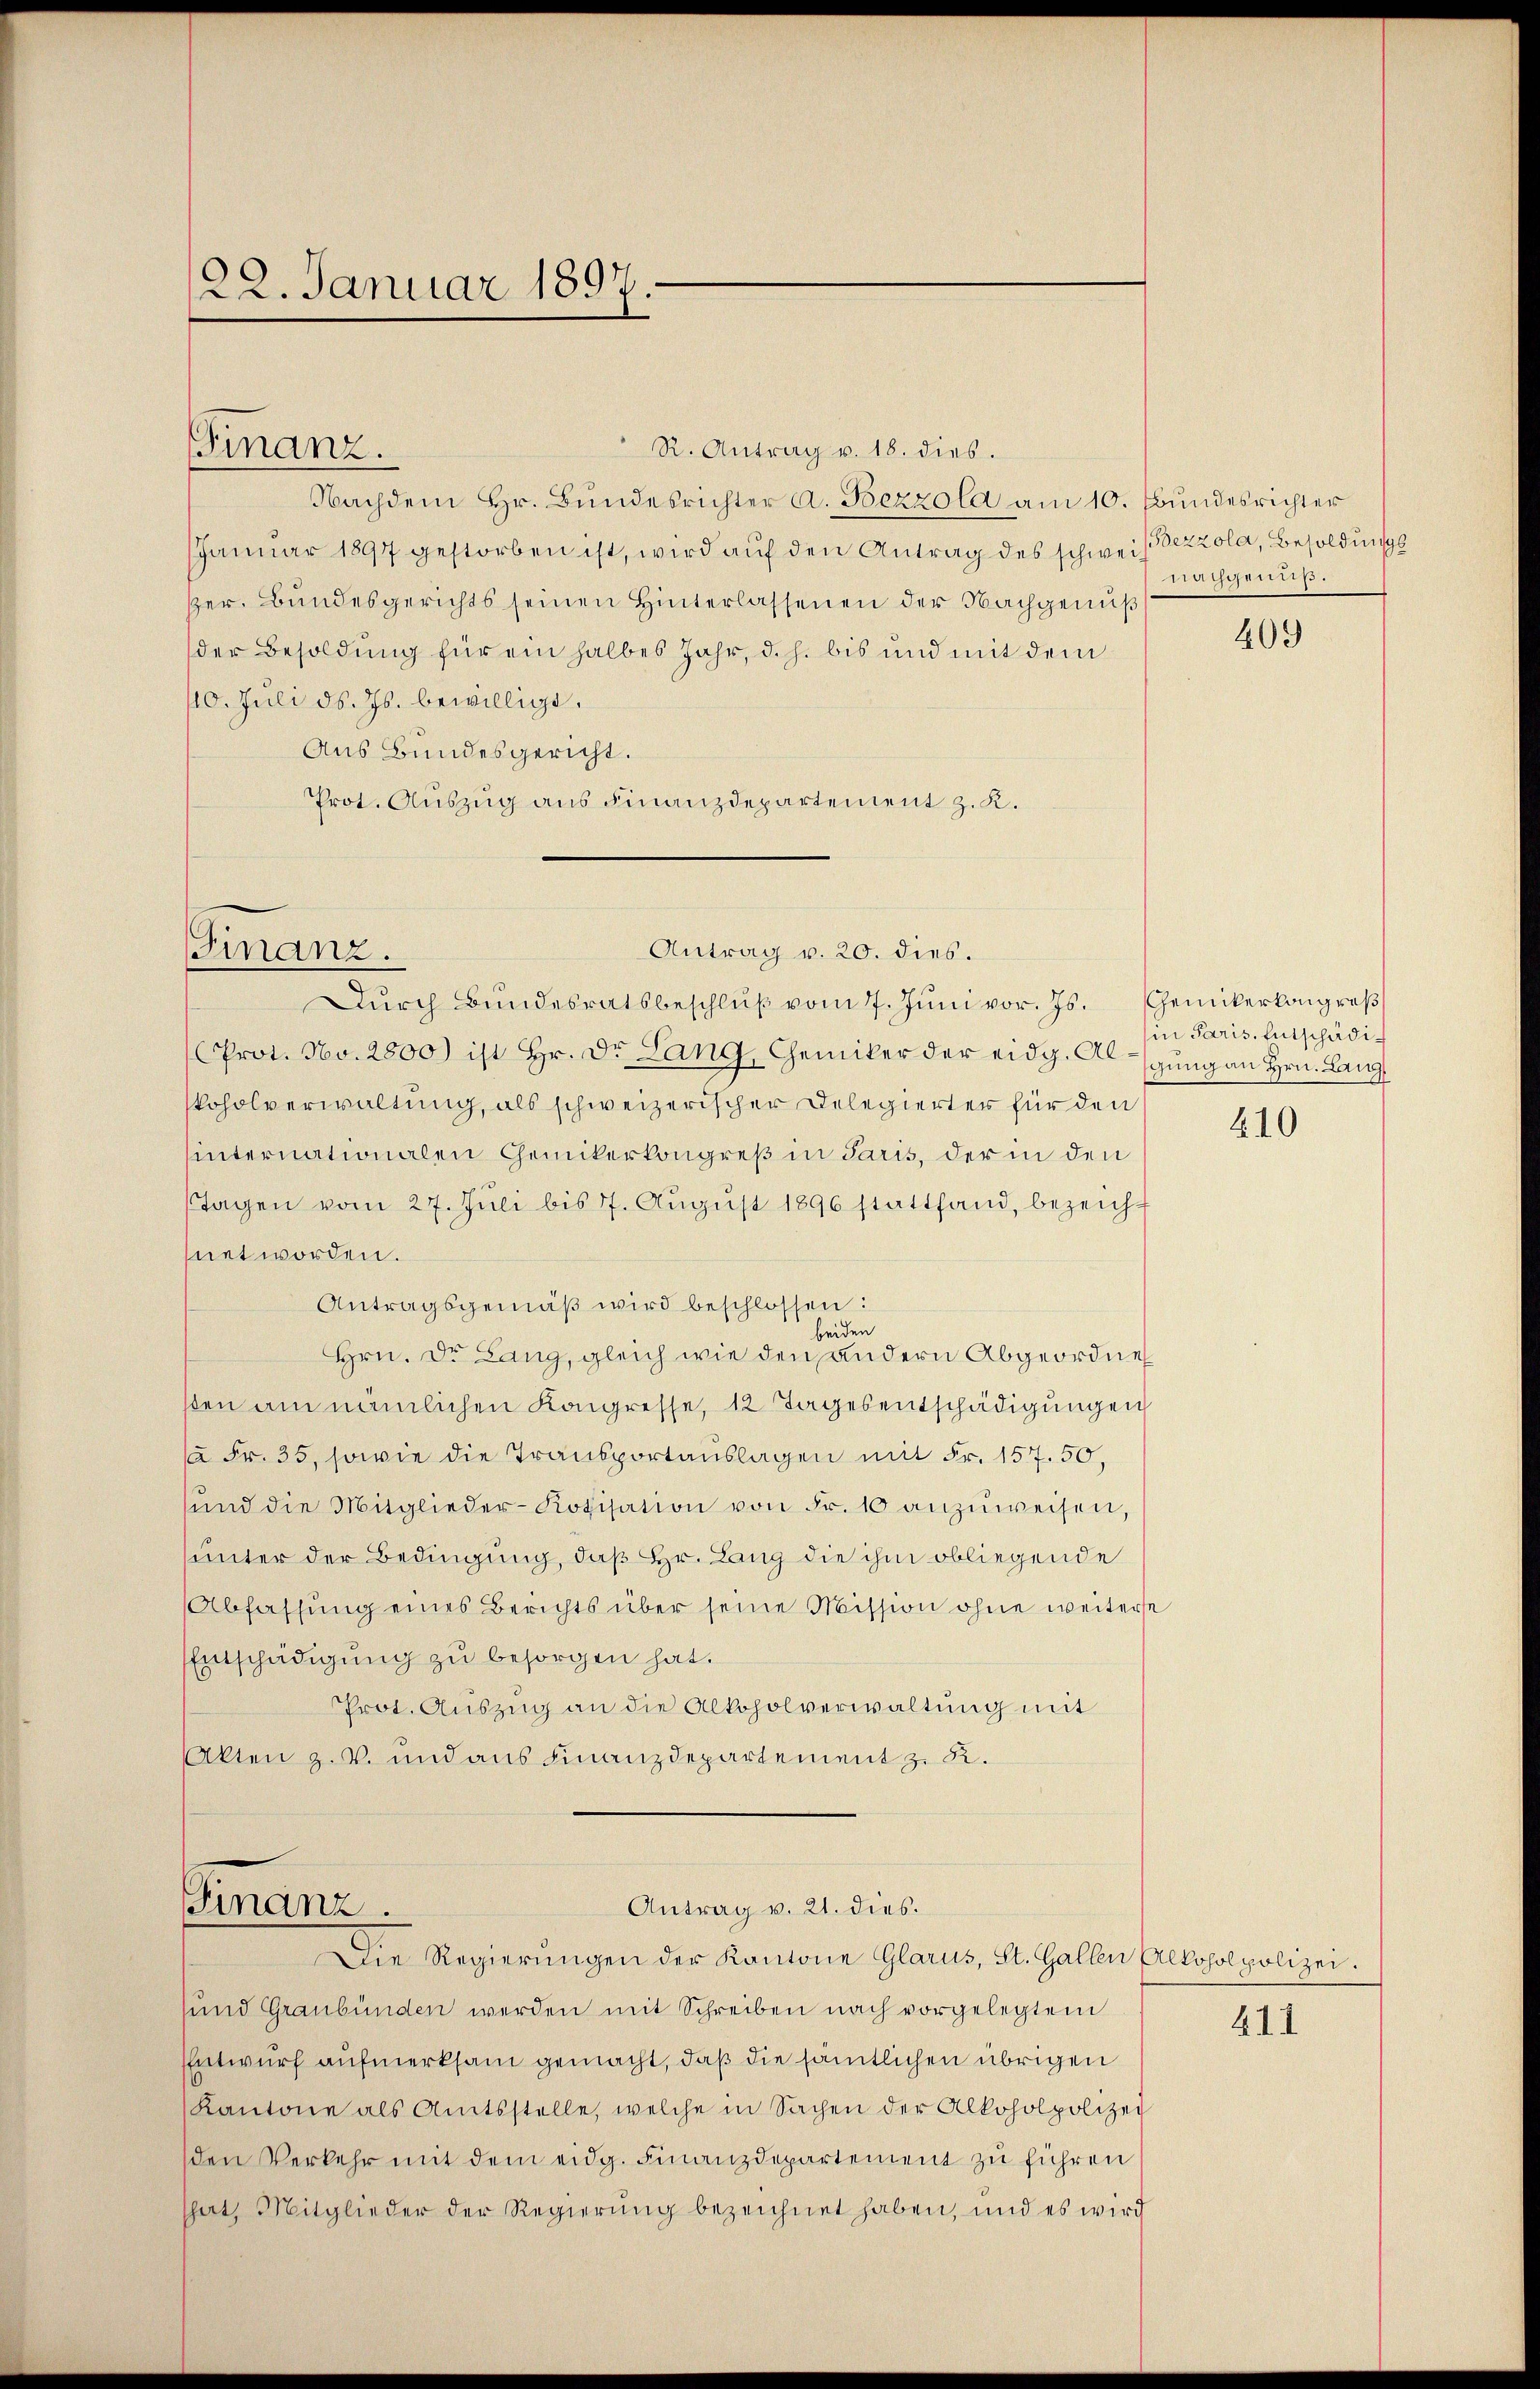
22. Januar 1897.

Finanz.

Finanz.

Finanz.

R. Antrag v. 18. dies.
Nachdem Hr. Bŭndesrichter A. Bezzola am 10. Bŭndesrichter
JJanuar 1897 gestorben ist, wird auf den Antrag des schweisezzola, Besoldungs
per. Bundesgerichts seinen Hinterlassenen der Nachgenuß
der Besoldung für ein halbes Jahr, d. h. bis und mit dem
110. Juli d. Js. bewilligt.
Aus Bundesgericht.
Prot. Auszug aus Finanzdepartement z. K.

.

Dŭrch Bundesratsbeschlŭβ vom 7. Jŭni vor. Js. Gemikerkongroß
Prot. No. 2800) ist Hr. Dr. Lang, Chemiker der eidg. Algung an Hrn. Lang
koholverwaltung, als schweizerischer Delegierter für den
hinternationalen Chemikerkongreß in Paris, der in den
Tagen vom 27. Juli bis 77. Aŭgŭst 1896 stattfand, bezeichhnet worden.
Antragsgemäβ wird beschlossen:
beiden
Hrn. Dr. Lang, gleich wie den andern Abgeordne
sten am nämlichen Kongresse, 12 Tagesentschädigungen
(a Fr. 35, sowie die Transportauslagen mit Fr. 157. 50,
ŭnd die Mitglieder-Kotisation von Fr. 10 anzŭweisen,
unter der Bedingung, daß Hr. Lang die ihm obliegende
Abfassung eines Berichts über seine Mission ohne weiterse
Entschädigung zu besorgen hat.
Prot. Auszug an die Alkoholverwaltung mit
Akten z. B. und aus Finanzdepartement z. R.

Antrag v. 20. dies.

sund Graubünden werden mit Schreiben nach vorgelegtem
Entwurf aufmerksam gemacht, daß die sämtlichen übrigen
Kantone als Amtsstelle, welche in Sachen der Alkoholpolizei
den Verkehr mit dem eidg. Finanzdepartement zu führen
That, Mitglieder der Regierung bezeichnet haben, und es wird

Antrag v. 21. dies
Die Regierungen der Kantone Glarus, St. Gallen Alkoholpolizei.

iaigendes.

409

in Paris, Entschädi¬

210

B.1.1